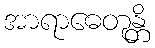
အာရာဓေတုန္တိ